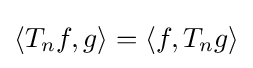
\langle T_{n}f,g\rangle =\langle f,T_{n}g\rangle